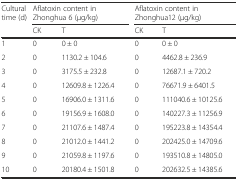
<table><thead><tr><td rowspan="2"><b>Cultural time (d)</b></td><td colspan="2"><b>Aflatoxin content in Zhonghua 6 (μg/kg)</b></td><td colspan="2"><b>Aflatoxin content in Zhonghua12 (μg/kg)</b></td></tr><tr><td><b>CK</b></td><td><b>T</b></td><td><b>CK</b></td><td><b>T</b></td></tr></thead><tbody><tr><td>1</td><td>0</td><td>0 ± 0</td><td>0</td><td>0 ± 0</td></tr><tr><td>2</td><td>0</td><td>1130.2 ± 104.6</td><td>0</td><td>4462.8 ± 236.9</td></tr><tr><td>3</td><td>0</td><td>3175.5 ± 232.8</td><td>0</td><td>12687.1 ± 720.2</td></tr><tr><td>4</td><td>0</td><td>12609.8 ± 1226.4</td><td>0</td><td>76671.9 ± 6401.5</td></tr><tr><td>5</td><td>0</td><td>16906.0 ± 1311.6</td><td>0</td><td>111040.6 ± 10125.6</td></tr><tr><td>6</td><td>0</td><td>19156.9 ± 1608.0</td><td>0</td><td>140227.3 ± 11256.9</td></tr><tr><td>7</td><td>0</td><td>21107.6 ± 1487.4</td><td>0</td><td>195223.8 ± 14354.4</td></tr><tr><td>8</td><td>0</td><td>21012.0 ± 1441.2</td><td>0</td><td>202425.0 ± 14709.6</td></tr><tr><td>9</td><td>0</td><td>21059.8 ± 1197.6</td><td>0</td><td>193510.8 ± 14805.0</td></tr><tr><td>10</td><td>0</td><td>20180.4 ± 1501.8</td><td>0</td><td>202632.5 ± 14385.6</td></tr></tbody></table>